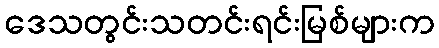
ဒေသတွင်းသတင်းရင်းမြစ်များက